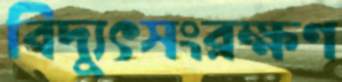
বিদ্যুৎসংরক্ষণ